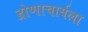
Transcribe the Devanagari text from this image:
द्रोणाचार्यला